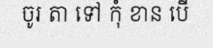
ចូរ តា ទៅ កុំ ខាន បើ